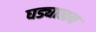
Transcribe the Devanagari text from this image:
घड्याळच